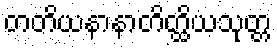
တတိယနာနာတိတ္ထိယသုတ္တ